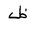
Letter: _za